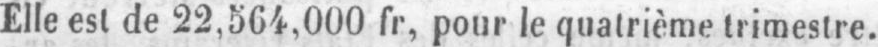
Elle est de 22,564,000 fr, pour le quatrième trimestre.